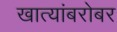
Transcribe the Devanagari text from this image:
खात्यांबरोबर